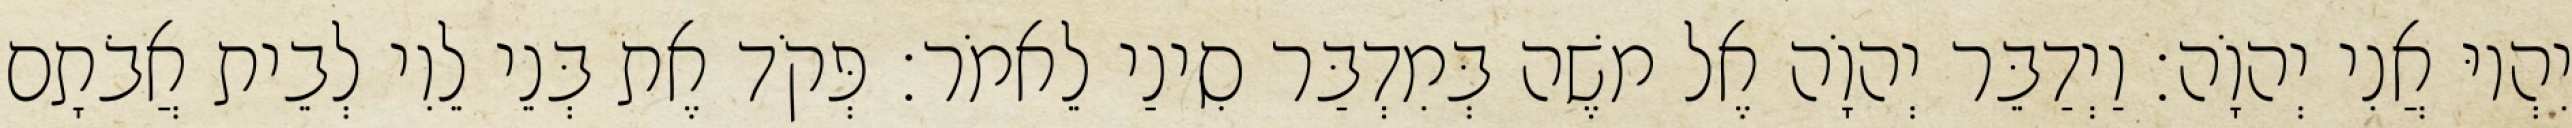
יִהְיוּ אֲנִי יְהוָֹה׃ וַיְדַבֵּר יְהוָֹה אֶל משֶׁה בְּמִדְבַּר סִינַי לֵאמֹר׃ פְּקֹד אֶת בְּנֵי לֵוִי לְבֵית אֲבֹתָם